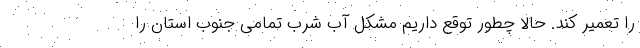
را تعمیر کند. حالا چطور توقع داریم مشکل آب شرب تمامی جنوب استان را